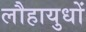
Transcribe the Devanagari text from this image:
लौहायुधों